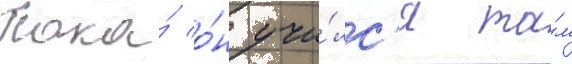
Пока́ о́н учи́лс'я та́м